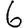
Digit: 6